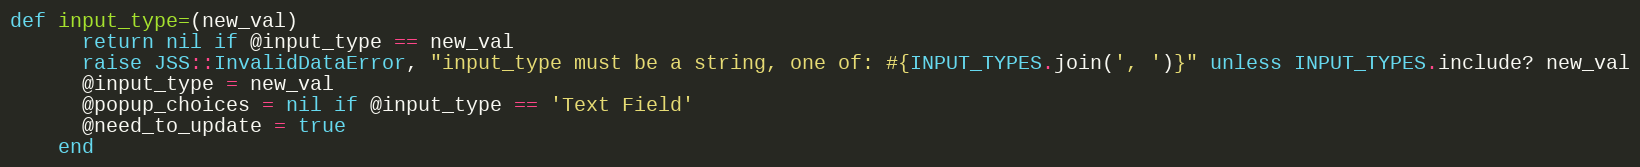
Language: Ruby
def input_type=(new_val)
      return nil if @input_type == new_val
      raise JSS::InvalidDataError, "input_type must be a string, one of: #{INPUT_TYPES.join(', ')}" unless INPUT_TYPES.include? new_val
      @input_type = new_val
      @popup_choices = nil if @input_type == 'Text Field'
      @need_to_update = true
    end